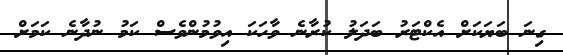
ގިނަ ބަޔަކަށް އެކްޓަރު ބަދަލު ކުރާނެ ވާހަކަ އިވުމުންވެސް ކަމު ނުދާނެ ކަމަށް